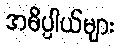
အဓိပ္ပါယ်များ